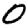
Digit: 0